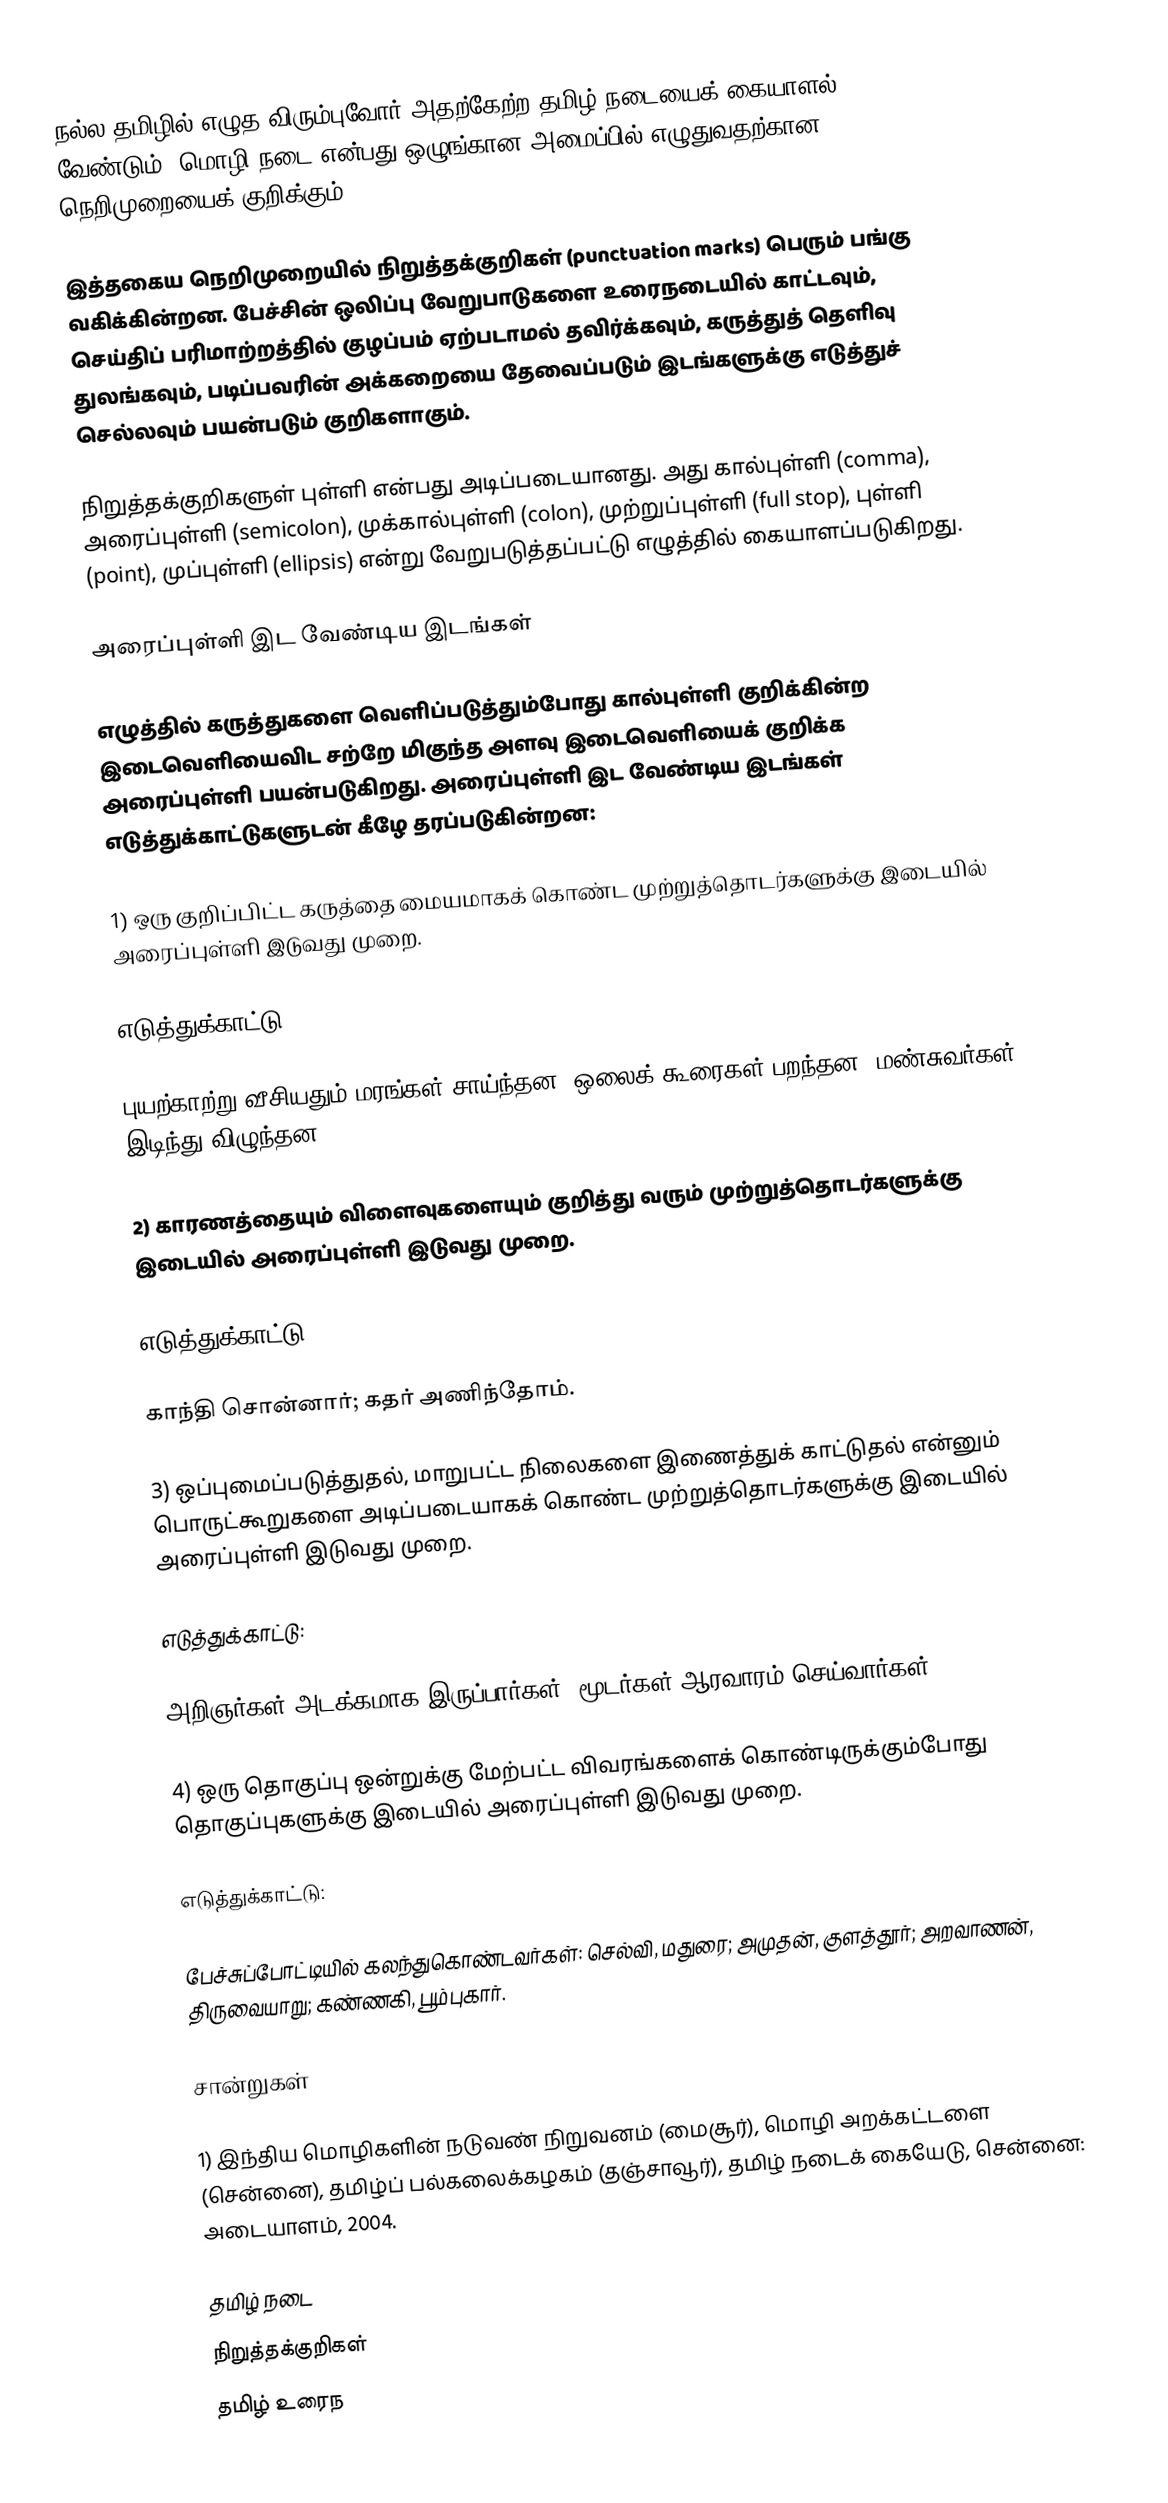
நல்ல தமிழில் எழுத விரும்புவோர் அதற்கேற்ற தமிழ் நடையைக் கையாளல் வேண்டும். மொழி நடை என்பது ஒழுங்கான அமைப்பில் எழுதுவதற்கான நெறிமுறையைக் குறிக்கும்.

இத்தகைய நெறிமுறையில்  நிறுத்தக்குறிகள் (punctuation marks) பெரும் பங்கு வகிக்கின்றன. பேச்சின் ஒலிப்பு வேறுபாடுகளை உரைநடையில் காட்டவும், செய்திப் பரிமாற்றத்தில் குழப்பம் ஏற்படாமல் தவிர்க்கவும், கருத்துத் தெளிவு துலங்கவும், படிப்பவரின் அக்கறையை தேவைப்படும் இடங்களுக்கு எடுத்துச் செல்லவும் பயன்படும் குறிகளாகும்.

நிறுத்தக்குறிகளுள் புள்ளி என்பது அடிப்படையானது. அது கால்புள்ளி (comma), அரைப்புள்ளி (semicolon), முக்கால்புள்ளி (colon), முற்றுப்புள்ளி (full stop), புள்ளி (point), முப்புள்ளி (ellipsis)  என்று வேறுபடுத்தப்பட்டு எழுத்தில் கையாளப்படுகிறது.

அரைப்புள்ளி இட வேண்டிய இடங்கள்

எழுத்தில் கருத்துகளை வெளிப்படுத்தும்போது கால்புள்ளி குறிக்கின்ற இடைவெளியைவிட சற்றே மிகுந்த அளவு இடைவெளியைக் குறிக்க அரைப்புள்ளி பயன்படுகிறது. அரைப்புள்ளி இட வேண்டிய இடங்கள் எடுத்துக்காட்டுகளுடன் கீழே தரப்படுகின்றன:

1) ஒரு குறிப்பிட்ட கருத்தை மையமாகக் கொண்ட முற்றுத்தொடர்களுக்கு இடையில் அரைப்புள்ளி இடுவது முறை.

எடுத்துக்காட்டு:

புயற்காற்று வீசியதும் மரங்கள் சாய்ந்தன; ஒலைக் கூரைகள் பறந்தன; மண்சுவர்கள் இடிந்து விழுந்தன.

2) காரணத்தையும் விளைவுகளையும் குறித்து வரும் முற்றுத்தொடர்களுக்கு இடையில் அரைப்புள்ளி இடுவது முறை.

எடுத்துக்காட்டு:

காந்தி சொன்னார்; கதர் அணிந்தோம்.

3) ஒப்புமைப்படுத்துதல், மாறுபட்ட நிலைகளை இணைத்துக் காட்டுதல் என்னும் பொருட்கூறுகளை அடிப்படையாகக் கொண்ட முற்றுத்தொடர்களுக்கு இடையில் அரைப்புள்ளி இடுவது முறை.

எடுத்துக்காட்டு:

அறிஞர்கள் அடக்கமாக இருப்பார்கள்; மூடர்கள் ஆரவாரம் செய்வார்கள்.

4) ஒரு தொகுப்பு ஒன்றுக்கு மேற்பட்ட விவரங்களைக் கொண்டிருக்கும்போது தொகுப்புகளுக்கு இடையில் அரைப்புள்ளி இடுவது முறை.

எடுத்துக்காட்டு:

பேச்சுப்போட்டியில் கலந்துகொண்டவர்கள்:  செல்வி, மதுரை; அமுதன், குளத்தூர்; அறவாணன், திருவையாறு; கண்ணகி, பூம்புகார்.

சான்றுகள்

1) இந்திய மொழிகளின் நடுவண் நிறுவனம் (மைசூர்), மொழி அறக்கட்டளை (சென்னை), தமிழ்ப் பல்கலைக்கழகம் (தஞ்சாவூர்), தமிழ் நடைக் கையேடு, சென்னை: அடையாளம், 2004.

தமிழ் நடை
நிறுத்தக்குறிகள்
தமிழ் உரைந